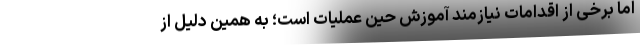
اما برخی از اقدامات نیازمند آموزش حین عملیات است؛ به همین دلیل از